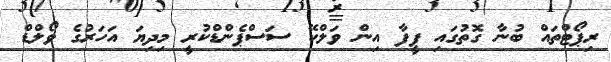
ރިޕޯޓްތައް ބުނާ ގޮތުގައި ފީފާ އިން ވަލްކޭ ސަސްޕެންޑްކުރީ މިދިޔަ އަހަރުގެ ވޯލްޑް